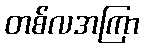
တစ်လအကြာ